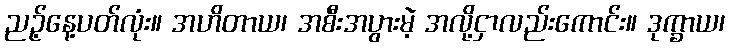
ညဉ့်နေ့ပတ်လုံး။ အဟိတာယ၊ အစီးအပွားမဲ့ အလို့ငှာလည်းကောင်း။ ဒုက္ခာယ၊